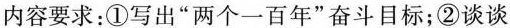
内容要求：①写出”两个一百年”奋斗目标；②谈谈